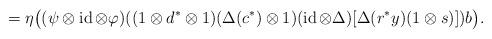
LaTeX: \begin{align*}{}=\eta\bigl((\psi\otimes\operatorname{id}\otimes\varphi)((1\otimes d^*\otimes 1)(\Delta(c^*)\otimes1)(\operatorname{id}\otimes\Delta)[\Delta(r^*y)(1\otimes s)])b\bigr).\end{align*}